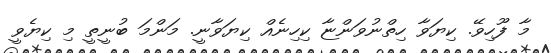
މާ ފޫހިވޭ. ކިޔަވާ ހިތްނުވަންޏާ ކިހިނެއް ކިޔަވާނީ. މަންމަ ބުނީތީ މި ކިޔެވީ